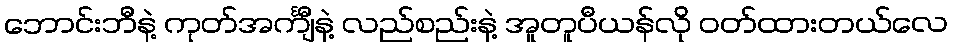
ဘောင်းဘီနဲ့ ကုတ်အင်္ကျီနဲ့ လည်စည်းနဲ့ အူတူပီယန်လို ဝတ်ထားတယ်လေ